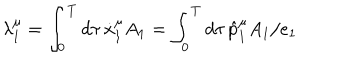
LaTeX: \lambda _ { 1 } ^ { \mu } = \int _ { 0 } ^ { T } d \tau \, \dot { x } _ { 1 } ^ { \mu } A _ { 1 } = \int _ { 0 } ^ { T } d \tau \, \hat { p } _ { 1 } ^ { \mu } A _ { 1 } / e _ { 1 }